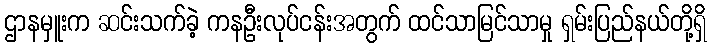
ဌာနမှူးက ဆင်းသက်ခဲ့ ကနဦးလုပ်ငန်းအတွက် ထင်သာမြင်သာမှု ရှမ်းပြည်နယ်တို့ရှိ